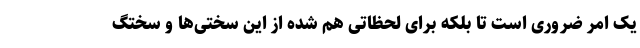
یک امر ضروری است تا بلکه برای لحظاتی هم شده از این سختی‌ها و سختگ